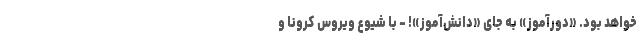
خواهد بود. «دور‌آموز» به جای «دانش‌آموز»! - با شیوع ویروس کرونا و